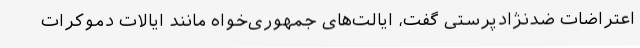
اعتراضات ضدنژادپرستی گفت، ایالت‌های جمهوری‌خواه مانند ایالات دموکرات